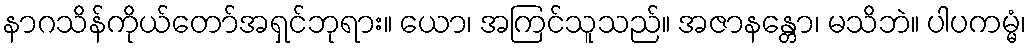
နာဂသိန်ကိုယ်တော်အရှင်ဘုရား။ ယော၊ အကြင်သူသည်။ အဇာနန္တော၊ မသိဘဲ။ ပါပကမ္မံ၊